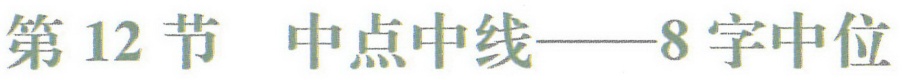
第12节 中点中线——8字中位